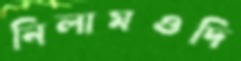
নিলামওদি